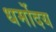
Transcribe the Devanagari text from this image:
धर्मोदय